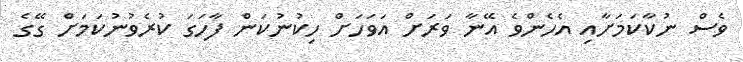
ވެސް ނުކާކަމަށާއި އެހެންވެ އޭނާ ވަރަށް އަވަހަށް ހިކުނުކަން ފާހަގަ ކުރެވުނުކަމަށް ގޭގެ